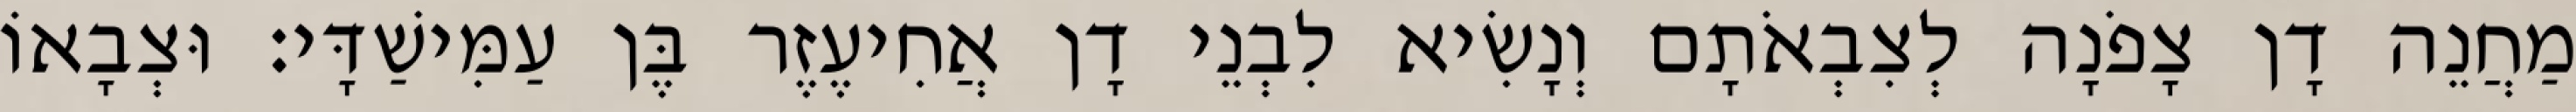
מַחֲנֵה דָן צָפֹנָה לְצִבְאֹתָם וְנָשִׂיא לִבְנֵי דָן אֲחִיעֶזֶר בֶּן עַמִּישַׁדָּי׃ וּצְבָאוֹ